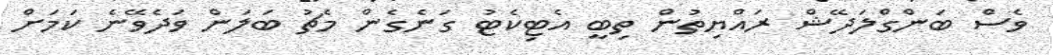
ވެސް ބަންގްލަދޭޝް ރައްޔިތުން ތިބީ އެޓިކެޓު ގަނެގެން މެޗު ބަލަން ވަދެވޭނެ ކަމަށް